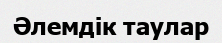
Әлемдік таулар